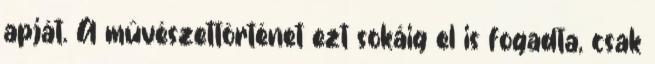
apját. A művészettörténet ezt sokáig el is fogadta, csak